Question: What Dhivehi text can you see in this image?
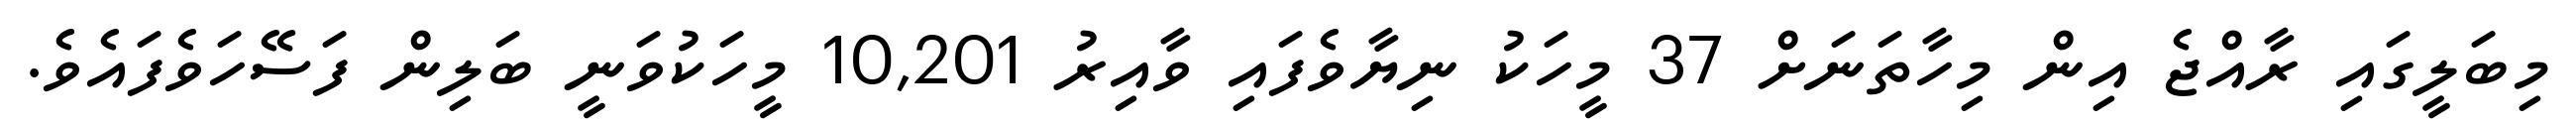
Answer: މިބަލީގައި ރާއްޖެ އިން މިހާތަނަށް 37 މީހަކު ނިޔާވެފައި ވާއިރު 10,201 މީހަކުވަނީ ބަލިން ފަސޭހަވެފައެވެ.